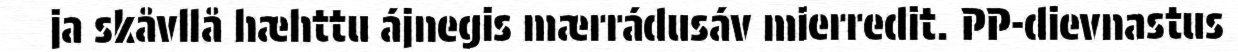
ja skåvllå hæhttu ájnegis mærrádusáv mierredit. PP-dievnastus